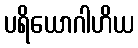
ပရိယောဂါဟိယ